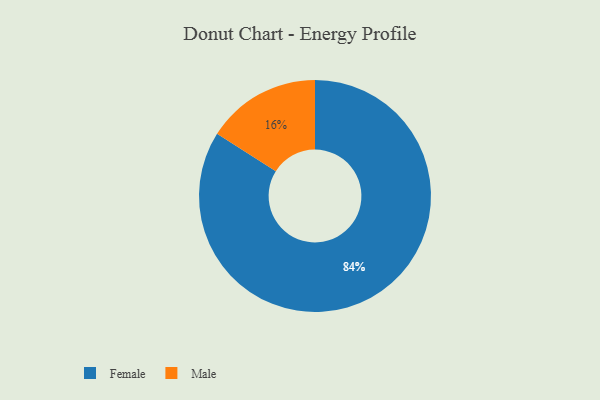
{"axis": {"x": "Category", "y": "Percentage"}, "legend": ["Female", "Male"], "data": [{"x": "Female", "y": 84, "type": "Female"}, {"x": "Male", "y": 16, "type": "Male"}]}